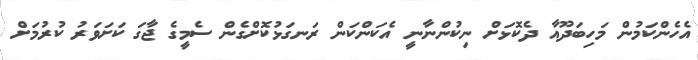
އެހެންކަމުން މަހިބަދޫއާ ދެކޮޅަށް ނިކުންނާނީ އެކަންކަން ރަނގަޅުކޮށްގެން ސެމީގެ ޖާގަ ކަށަވަރު ކުރުމަށް